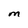
Character: M